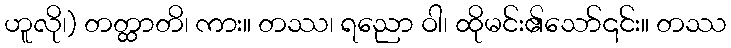
ဟူလို၊) တတ္ထာတိ၊ ကား။ တဿ၊ ရညော ဝါ၊ ထိုမင်း၏သော်၎င်း။ တဿ